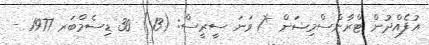
އުފެއްދުން ޓްރާންސްމިޝަން *1 ވަނަ ސީރީސް: (13) 30 ޑިސެމްބަރ 1977 -